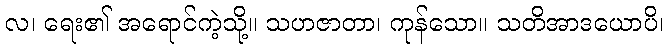
လ၊ ရေး၏ အရောင်ကဲ့သို့။ သဟဇာတာ၊ ကုန်သော။ သတိအာဒယောပိ၊